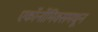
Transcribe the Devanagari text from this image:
एकॉनॉमिक्समधून